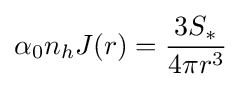
\alpha _{0}n_{h}J(r)={\frac {3S_{*}}{4\pi r^{3}}}